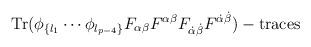
LaTeX: \begin{align*}\hbox{Tr}(\phi_{\{l_1}\cdots\phi_{l_{p-4}\}}F_{\alpha\beta}F^{\alpha \beta}F_{\dot\alpha \dot\beta}F^{\dot\alpha\dot\beta})-\hbox{traces}\end{align*}